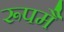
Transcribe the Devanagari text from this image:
रूपमै